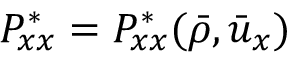
P _ { x x } ^ { * } = P _ { x x } ^ { * } ( \bar { \rho } , \bar { u } _ { x } )